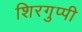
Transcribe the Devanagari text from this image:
शिरगुप्पी